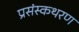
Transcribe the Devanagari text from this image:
प्रसंस्कथरण